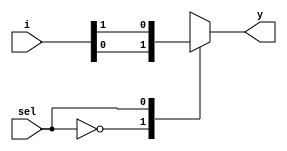
module mux2x1(i,sel,y);
input[1:0] i;
input sel;
output y;
always@(*)
begin 
     case(sel)
     1'b0:y=i[0];
     1'b1:y=i[1];
     default:y=1'bz;
     endcase
end
endmodule
module mux8X1using2X1(i,sel,y);
input [7:0]i;
input [2:0]sel;
output y;
wire y0,y1,y2,y3,y4,y5;
mux2x1 a(i[1:0],sel[0],y0);
mux2x1 b(i[3:2],sel[0],y1); 
mux2x1 c(i[5:4],sel[0],y2);
mux2x1 d(i[7:6],sel[0],y3);  
mux2x1 e({y1,y0},sel[1],y4);
mux2x1 f({y3,y2},sel[1],y5);
mux2x1 g({y5,y4},sel[2],y);
endmodule